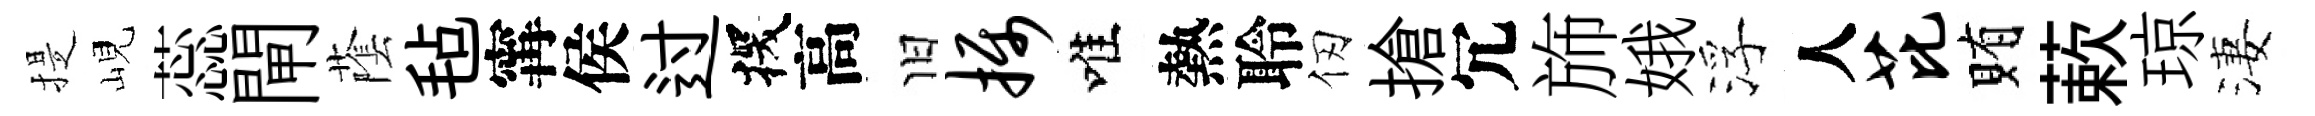
提峴蕊閘䕃毡𡩋侯过探高旧摄唯熱聆仞搶冗斾娥浮人芘賄蔌琼淒